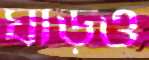
ঘাড়ও